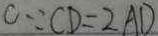
C \because C D = 2 A D